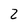
Character: 2